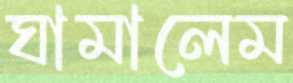
ঘামালেম